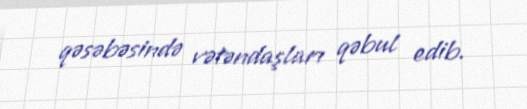
qəsəbəsində vətəndaşları qəbul edib.